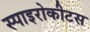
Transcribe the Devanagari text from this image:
स्पाइरोकीटस